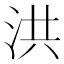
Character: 洪